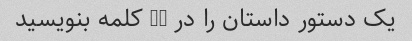
یک دستور داستان را در 20 کلمه بنویسید